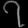
Digit: ၇